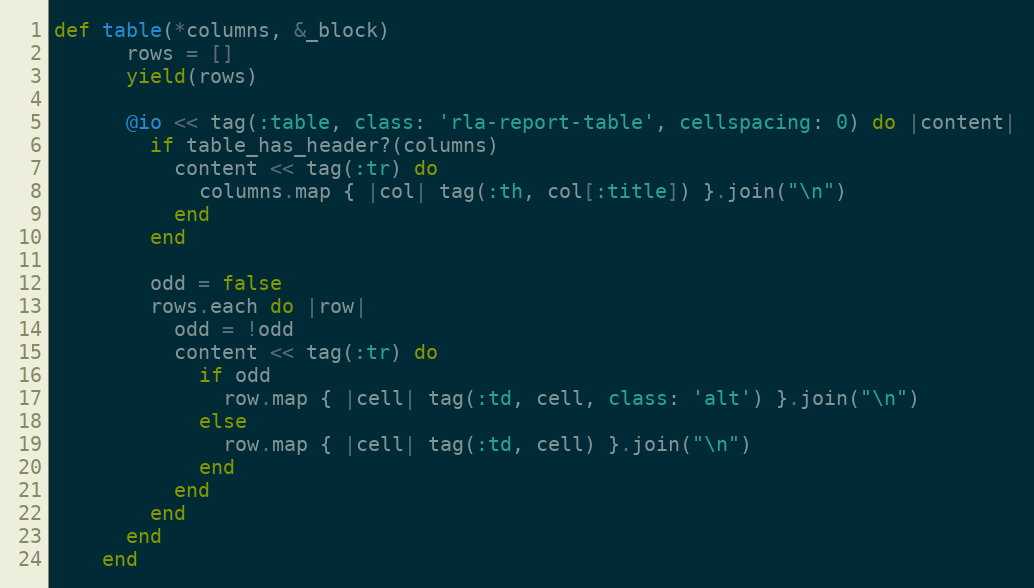
Language: Ruby
def table(*columns, &_block)
      rows = []
      yield(rows)

      @io << tag(:table, class: 'rla-report-table', cellspacing: 0) do |content|
        if table_has_header?(columns)
          content << tag(:tr) do
            columns.map { |col| tag(:th, col[:title]) }.join("\n")
          end
        end

        odd = false
        rows.each do |row|
          odd = !odd
          content << tag(:tr) do
            if odd
              row.map { |cell| tag(:td, cell, class: 'alt') }.join("\n")
            else
              row.map { |cell| tag(:td, cell) }.join("\n")
            end
          end
        end
      end
    end